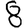
Digit: 8